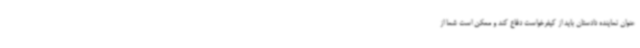
عنوان نماینده دادستان باید از کیفرخواست دفاع کند و ممکن است شما از